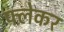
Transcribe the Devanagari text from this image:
फ्लेकर